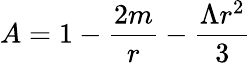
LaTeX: A=1-\frac{2m}{r}-\frac{\Lambda r^{2}}{3}